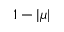
1 - | \mu |